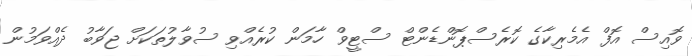
ވޮއިސް އޮފް އެމެރިކާގެ ކޮރެސްޕޮންޑެންޓް ސްޓީވް ހާމަން ކުރެއްވި ސުވާލުތަކަށް ޖަވާބު ދެއްވަމުން